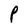
Character: P